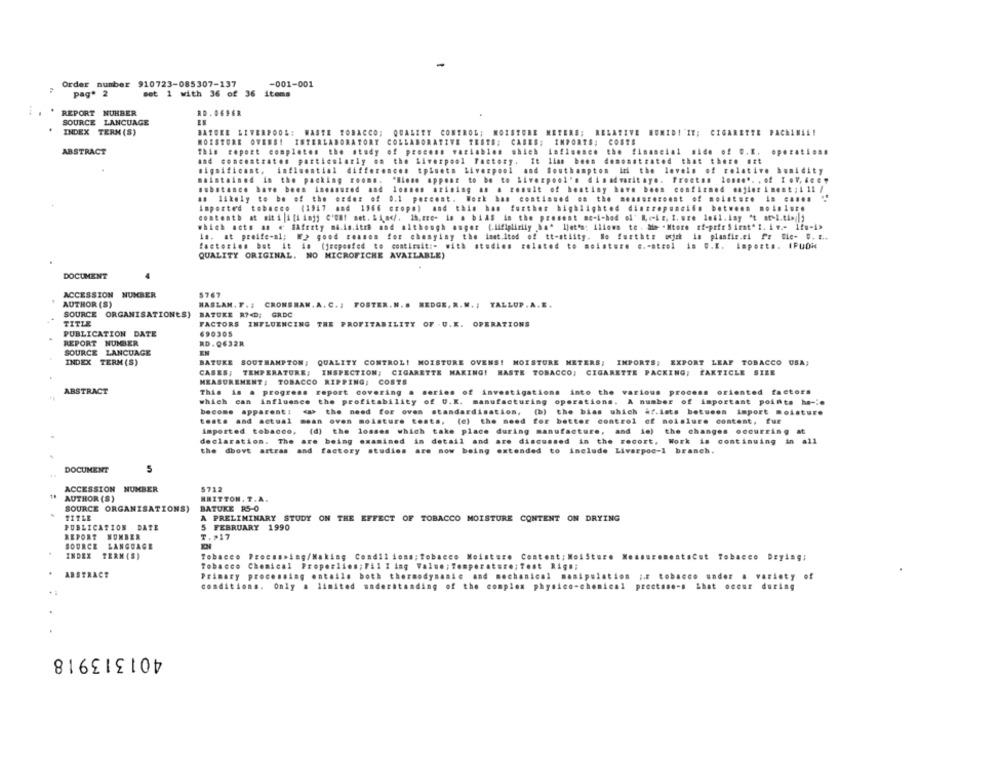
Order number 910723-085307-137
-001-001
set 1 with 36 of 36 items
pag* 2
REPORT NUHBER
RD . O696R
SOURCE LANGUAGE
TIVE
INDEX TERN (S)
HUMID! 'IT; CIGARETTE PACHINAL!
MOISTURE OWENS! INTERLABORATORY COLLABORATIVE TESTS; CASES; INPORTS: COSTS
ABSTRACT
This report completes the study of process variables which
the financial side of 0.E. operations
and concentrates particularly on the Liverpool Factory. It lian been demonstrated that there #it
Significant.
influential differences tpluets Liverpool and Southampton in the levels of relative humidity
maintained in the packing rooms. "Mione appear to be to Liverpool's dinadvaritaye. Fronten lonne .. . of I .V, 4ce"
substance have been Imeasured and losses arising as a result of heatiny have been confirmed enfler inent ; 4 11 /
as 15kely to be of the order of 0.1 percent. Work has continued on the measuresonst of moisture in .....
imported tobacco (1917 and 1966 crops) and this han further highlighted dintrepunción between .o.s.u.
contenth at siti i[hinjy C'uml mot. bin/. Ih,me- in a bias in the present me-i-hod of' Me-le, I. wze lehl. iny "t at-4.tip;)
which acts as . SAfrety mi.in.itrh and although augen (.Aifipliniiy ha" let's: iliown to . Mo -Ntore #f-prin Sirat" ". iv .- Ifn-i>
is. at preife-al; W> good reason for chenyiny the inet.itod of tt-stiity. No furthte wiek in planfis.ei fe Cie- U. E ..
factorinn but it &# (jreposted to continuit :- with studies related to moisture c .- strel
in O.K. Imposta. IPUON
QUALITY ORIGINAL. NO MICROFICHE AVAILABLE)
DOCUMENT
ACCESSION NUMBER
5767
AUTHOR (S)
HASLAM. F .; CRONSHAW.A. C .; FOSTER.N. . MEDGE, R.W. ; YALLUP. A.E.
SOURCE ORGANISATIONES)
BATUKE R?D; GRDC
TITLE
FACTORS INFLUENCING THE PROFITABILITY OF . U.K. OPERATIONS
PUBLICATION DATE
690305
REPORT NUMBER
RD . Q632R
SOURCE LANCUAGE
EN
INDEX TERM (S)
BATUKE SOUTHAMPTON; QUALITY CONTROL! MOISTURE OVENS! MOISTURE METERS; IMPORTS; EXPORT LEAF TOBACCO USA;
CASES; TEMPERATURE; INSPECTION; CIGARETTE MAKING! HASTE TOBACCO; CIGARETTE PACKING; EARTICLE SIEE
MEASUREMENT, TOBACCO RIPPING; COSTS
ABSTRACT
This is a progress report covering a series of investigations into the various process oriented factors
which can influence the profitability of U.K. manufacturing operations. A number of important points he-".
become apparent: < p> the need for oven standardisation,
(b) the bias which ar.ists between import moisture
tests and actual mean oven moisture tests, (o) the need for better control of moisture content, fue
imported tobacco, (d) the losses which take place during manufacture, and in) the changes occurring at
declaration. The are being examined in detail and are discussed in the recort, Work is continuing in all
the dbovt artras and factory studies are now being
extended to include Livsrpoc-1 branch.
DOCUMENT
5
NUMBER
5712
ACCESSION
AUTHOR (S)
BRITTON. T.A.
SOURCE ORGANISATIONS)
BATUKE 85-0
A PRELIMINARY STUDY ON THE EFFECT OF TOBACCO MOISTURE CONTENT ON DRYING
PUBLICATION DATE
5 FEBRUARY 1990
REPORT NUMBER
T. >17
SOURCE LANGUAGE
INDEX TERM (S)
Tobacco Procsswing/Making Condil ions; Tobacco Moisture Content; MoiSture MeasurementsCst Tobacco Drying;
Tobacco Chemical Properlion; Fil I ing Value ; Temperature; fest Rigs;
ABSTRACT
Primary processing entails both thermodynamic and mechanical manipulation ;. # tobacco under a variety of
conditions. Only a limited understanding of the complex physico-chemical prectsse-s that occur during
401313918